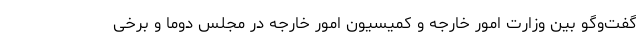
گفت‌وگو بین وزارت امور خارجه و کمیسیون امور خارجه در مجلس دوما و برخی